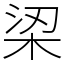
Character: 鿄